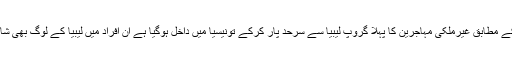
ذرائع کے مطابق غیرملکی مہاجرین کا پہلا گروپ لیبیا سے سرحد پار کرکے تونیسیا میں داخل ہوگیا ہے ان افراد میں لیبیا کے لوگ بھی شامل ہیں۔